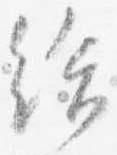
給